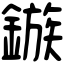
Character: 鏃